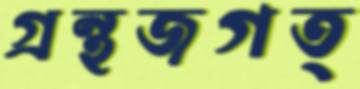
গ্রন্থজগত্